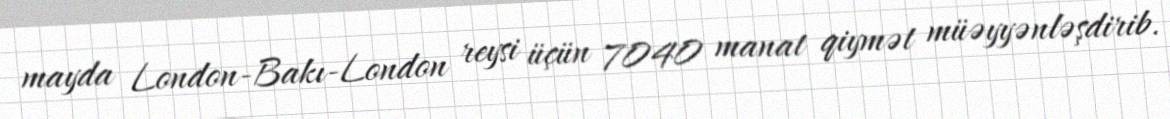
mayda London-Bakı-London reysi üçün 7040 manat qiymət müəyyənləşdirib.